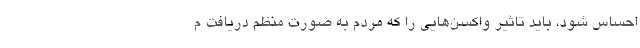
احساس شود، باید تاثیر واکسن‌هایی را که مردم به صورت منظم دریافت م